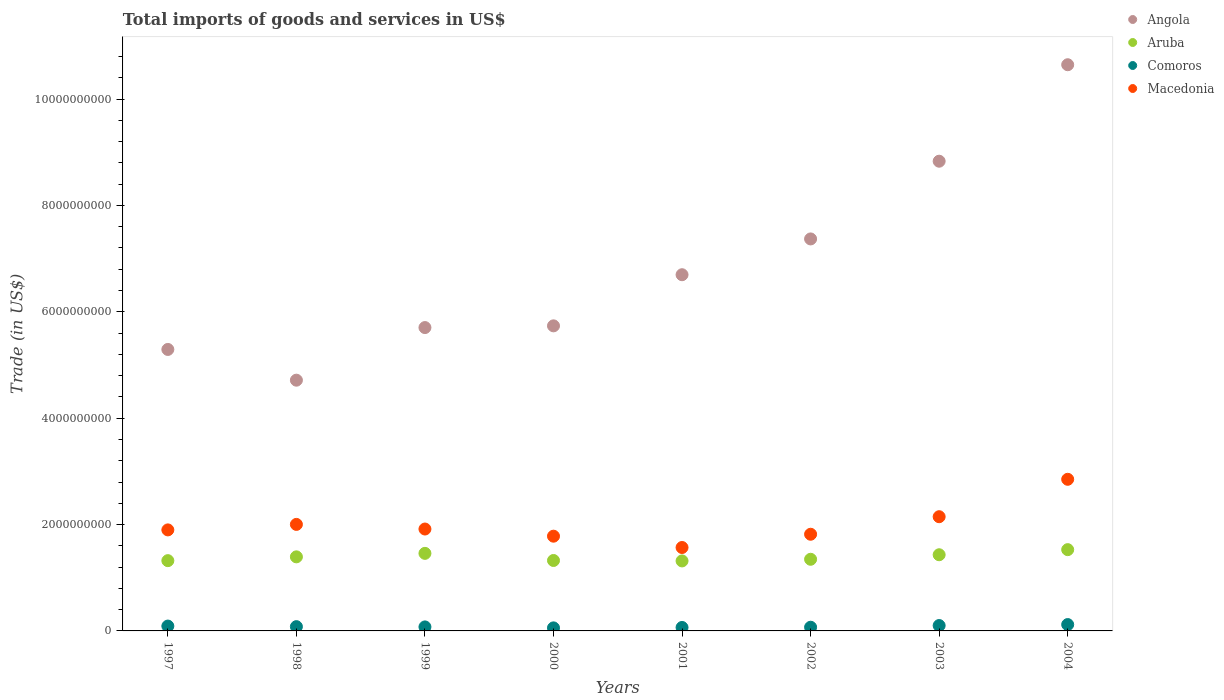
| Years | Angola | Aruba | Comoros | Macedonia |
 | --- | --- | --- | --- | --- |
 | 1997 | 5.29e+09 | 1.32e+09 | 9.13e+07 | 1.9e+09 |
 | 1998 | 4.71e+09 | 1.39e+09 | 8.02e+07 | 2e+09 |
 | 1999 | 5.7e+09 | 1.46e+09 | 7.55e+07 | 1.92e+09 |
 | 2000 | 5.74e+09 | 1.32e+09 | 5.73e+07 | 1.78e+09 |
 | 2001 | 6.7e+09 | 1.32e+09 | 6.5e+07 | 1.57e+09 |
 | 2002 | 7.37e+09 | 1.35e+09 | 6.95e+07 | 1.82e+09 |
 | 2003 | 8.83e+09 | 1.43e+09 | 1.01e+08 | 2.15e+09 |
 | 2004 | 1.06e+10 | 1.53e+09 | 1.2e+08 | 2.85e+09 |